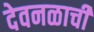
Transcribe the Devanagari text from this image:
देवनळाची